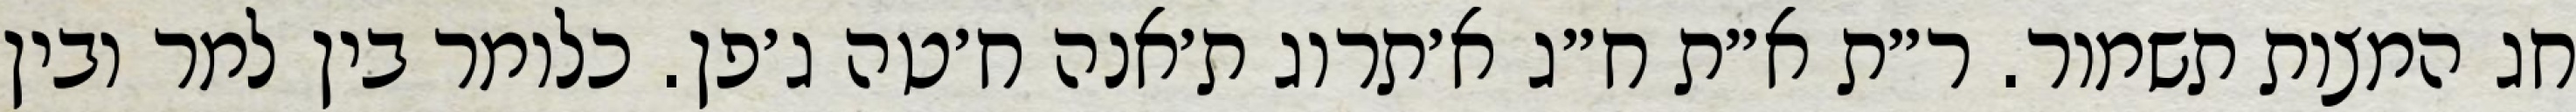
חג המצות תשמור. ר״ת א״ת ח״ג א׳תרוג ת׳אנה ח׳טה ג׳פן. כלומר בין למר ובין